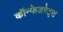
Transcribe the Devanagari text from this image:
कॉन्फेडरेट्स